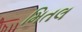
મિતલ